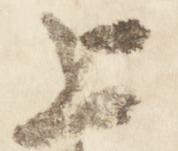
上